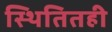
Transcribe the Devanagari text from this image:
स्थितितही